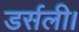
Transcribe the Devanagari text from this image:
डर्सली।